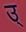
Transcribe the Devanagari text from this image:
उ्